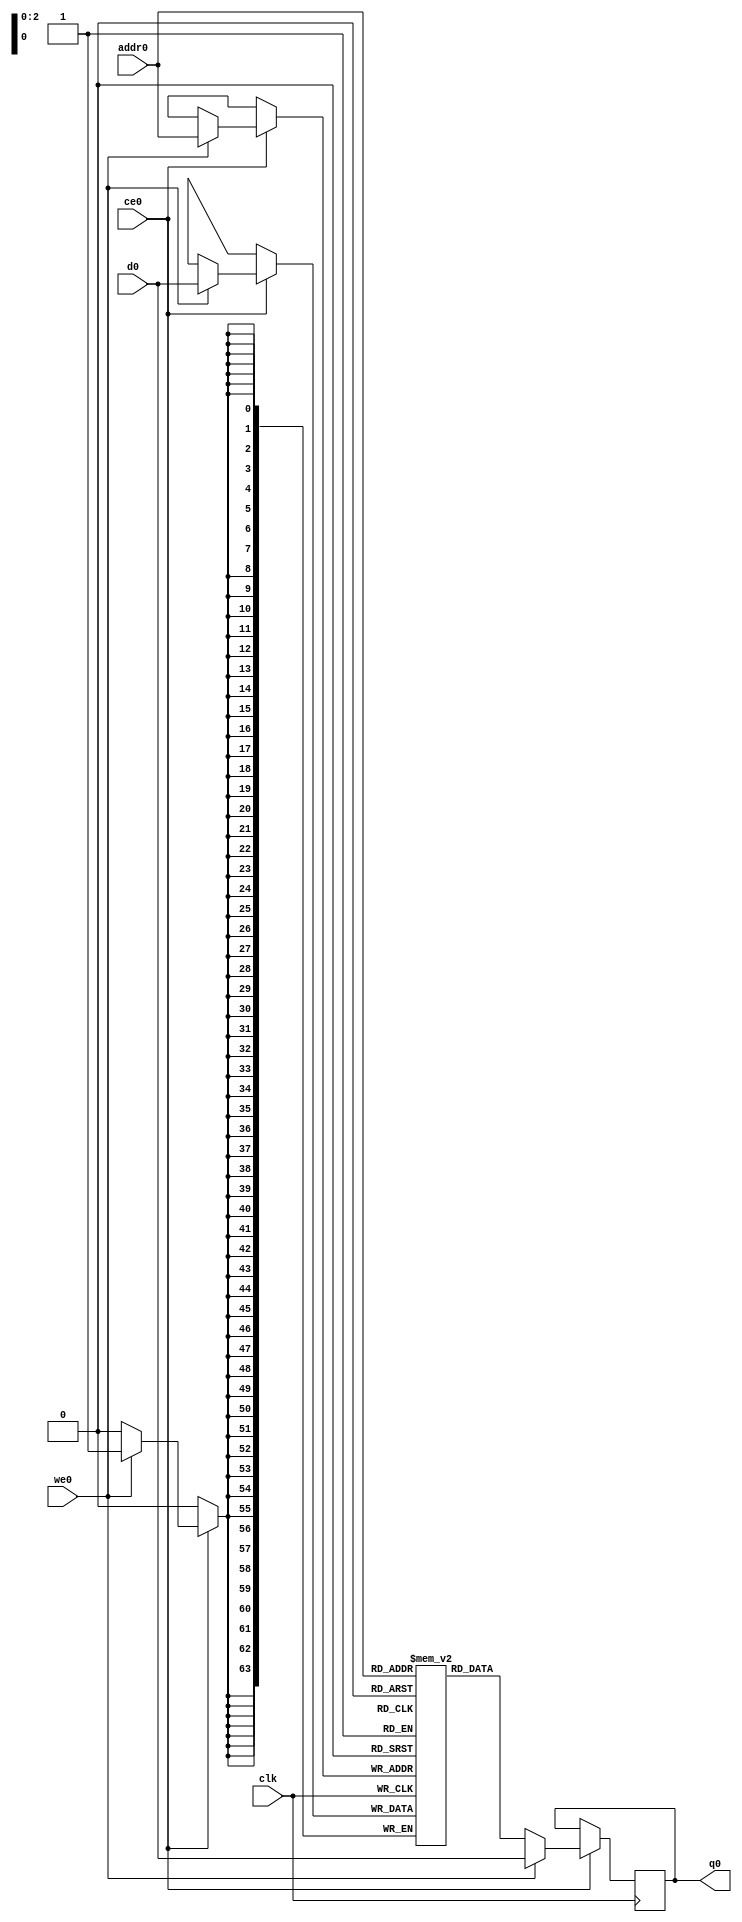
// ==============================================================
// File generated by Vivado(TM) HLS - High-Level Synthesis from C, C++ and SystemC
// Version: 2017.4.op
// Copyright (C) 1986-2018 Xilinx, Inc. All Rights Reserved.
// 
// ==============================================================

`timescale 1 ns / 1 ps
module read_mode_pcie_helper_app_app_buf_addrs_ram (addr0, ce0, d0, we0, q0,  clk);

parameter DWIDTH = 64;
parameter AWIDTH = 3;
parameter MEM_SIZE = 8;

input[AWIDTH-1:0] addr0;
input ce0;
input[DWIDTH-1:0] d0;
input we0;
output reg[DWIDTH-1:0] q0;
input clk;

(* ram_style = "distributed" *)reg [DWIDTH-1:0] ram[0:MEM_SIZE-1];




always @(posedge clk)  
begin 
    if (ce0) 
    begin
        if (we0) 
        begin 
            ram[addr0] <= d0; 
            q0 <= d0;
        end 
        else 
            q0 <= ram[addr0];
    end
end


endmodule


`timescale 1 ns / 1 ps
module read_mode_pcie_helper_app_app_buf_addrs(
    reset,
    clk,
    address0,
    ce0,
    we0,
    d0,
    q0);

parameter DataWidth = 32'd64;
parameter AddressRange = 32'd8;
parameter AddressWidth = 32'd3;
input reset;
input clk;
input[AddressWidth - 1:0] address0;
input ce0;
input we0;
input[DataWidth - 1:0] d0;
output[DataWidth - 1:0] q0;



read_mode_pcie_helper_app_app_buf_addrs_ram read_mode_pcie_helper_app_app_buf_addrs_ram_U(
    .clk( clk ),
    .addr0( address0 ),
    .ce0( ce0 ),
    .d0( d0 ),
    .we0( we0 ),
    .q0( q0 ));

endmodule